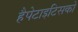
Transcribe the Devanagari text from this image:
हैपेटाइटिसको